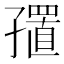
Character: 𪧁